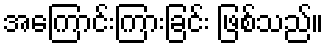
အကြောင်းကြားခြင်း ဖြစ်သည်။